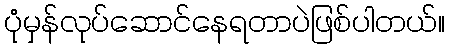
ပုံမှန်လုပ်ဆောင်နေရတာပဲဖြစ်ပါတယ်။